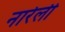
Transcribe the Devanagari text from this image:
नारेली